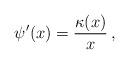
LaTeX: \begin{align*} \psi'(x) = \dfrac{\kappa(x)}{x} \, , \end{align*}